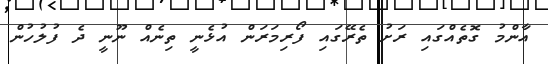
އާންމު ގޮތެއްގައި ރަށު ތެރޭގައި ފޯރިމަރަން އުޅެނީ ތިނެއް ނޫނީ ދެ ފުލުހުން